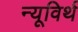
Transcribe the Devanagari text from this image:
न्यूविर्थ